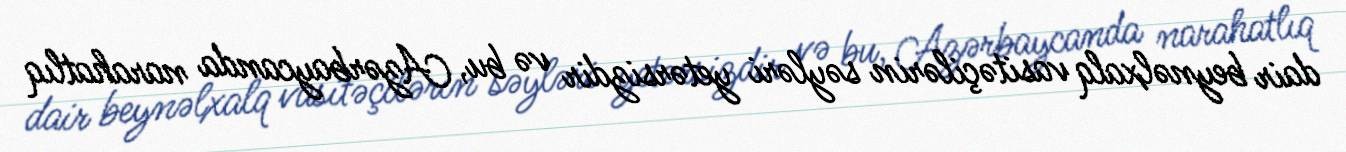
dair beynəlxalq vasitəçilərin səyləri yetərsizdir və bu, Azərbaycanda narahatlıq